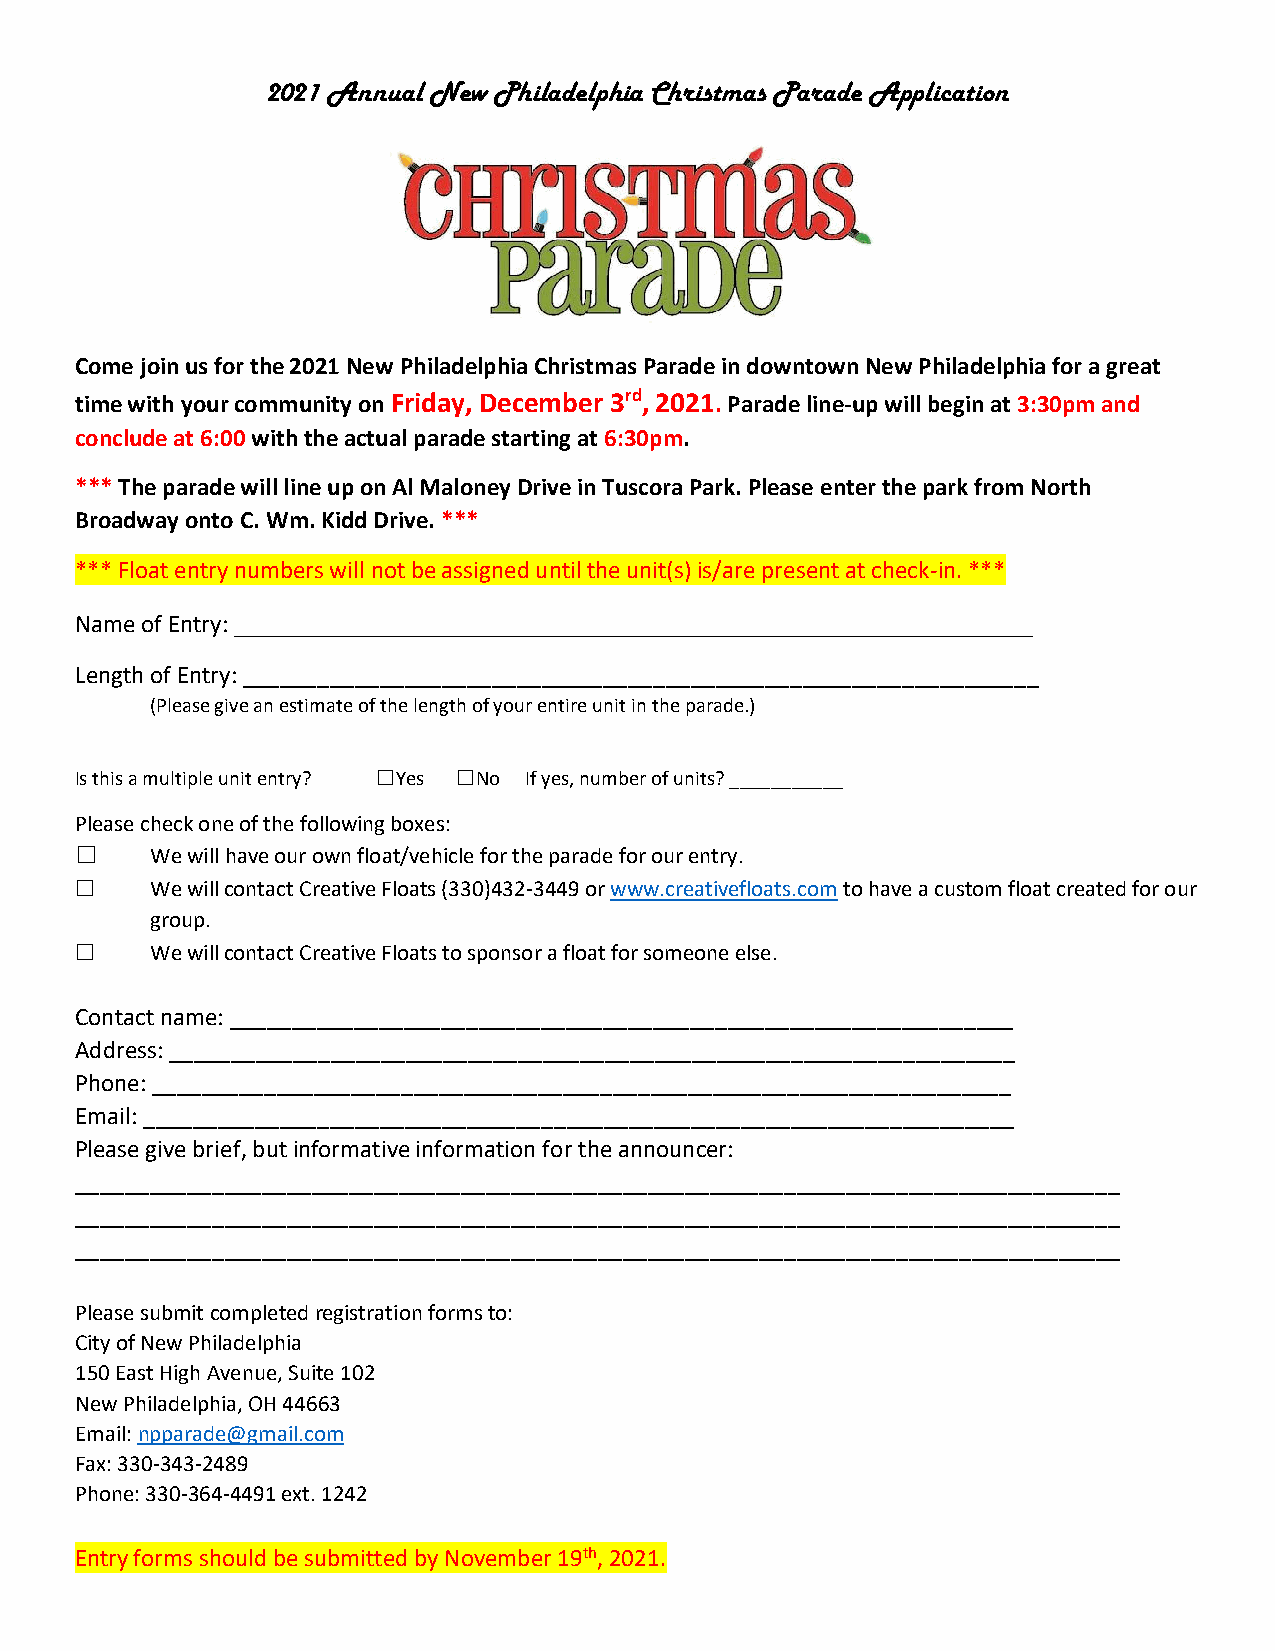
2021 Annual New Philadelphia Christmas Parade Application
 Come join us for the 2021 New Philadelphia Christmas Parade in downtown New Philadelphia for a great
 time with your community on Friday, December 3rd, 2021. Parade line-up will begin at 3:30pm and
 conclude at 6:00 with the actual parade starting at 6:30pm.
 *** The parade will line up on Al Maloney Drive in Tuscora Park. Please enter the park from North
 Broadway onto C. Wm. Kidd Drive. ***
 *** Float entry numbers will not be assigned until the unit(s) is/are present at check-in. ***
 Name of Entry: _______________________________________________________
 Length of Entry: ________________________________________________________________
 (Please give an estimate of the length of your entire unit in the parade.)
 Is this a multiple unit entry? ☐Yes ☐No If yes, number of units? ___________
 Please check one of the following boxes:
 ☐    We will have our own float/vehicle for the parade for our entry.
 ☐    We will contact Creative Floats (330)432-3449 or www.creativefloats.com to have a custom float created for our
 group.
 ☐    We will contact Creative Floats to sponsor a float for someone else.
 Contact name: _______________________________________________________________
 Address: ____________________________________________________________________
 Phone: _____________________________________________________________________
 Email: ______________________________________________________________________
 Please give brief, but informative information for the announcer:
 ____________________________________________________________________________________
 ____________________________________________________________________________________
 ____________________________________________________________________________________
 Please submit completed registration forms to:
 City of New Philadelphia
 150 East High Avenue, Suite 102
 New Philadelphia, OH 44663
 Email: npparade@gmail.com
 Fax: 330-343-2489
 Phone: 330-364-4491 ext. 1242
 Entry forms should be submitted by November 19th, 2021.